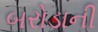
બરોડાની